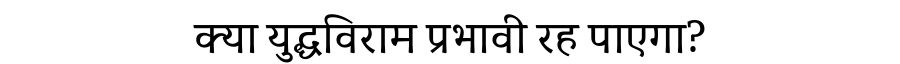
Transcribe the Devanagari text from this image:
क्या युद्धविराम प्रभावी रह पाएगा?